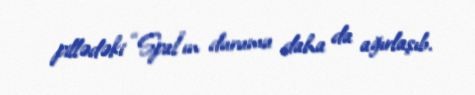
pillədəki “Spal”ın durumu daha da ağırlaşıb.